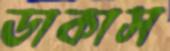
ডাকাস